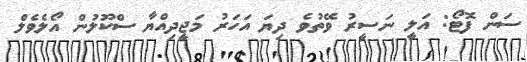
ސަން ފޮޓޯ: އަލީ ނަސީރު ވޭތުވެ ދިޔަ އަހަރު މަޖީދިއްޔާ ސްކޫލުން އޯލެވެލް